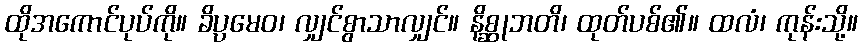
ထိုအကောင်ပုပ်ကို။ ခိပ္ပမေဝ၊ လျှင်စွာသာလျှင်။ နိစ္ဆုဘတိ၊ ထုတ်ပစ်၏။ ထလံ၊ ကုန်းသို့။